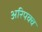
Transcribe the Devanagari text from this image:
अरिपक्व